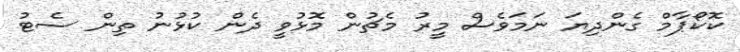
ކޮކޯޕާމް ގެންދިޔަ ނަމަވެސް މީރު މެޗުން މޮޅުވީ ދެން ކުޅުނު ތިން ސެޓު